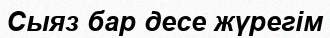
Сыяз бар десе жүрегім